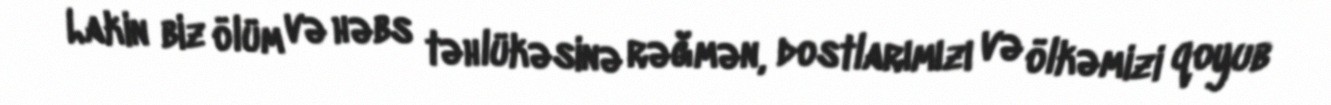
Lakin biz ölüm və həbs təhlükəsinə rəğmən, dostlarımızı və ölkəmizi qoyub